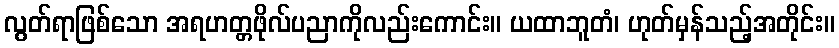
လွတ်ရာဖြစ်သော အရဟတ္တဖိုလ်ပညာကိုလည်းကောင်း။ ယထာဘူတံ၊ ဟုတ်မှန်သည့်အတိုင်း။